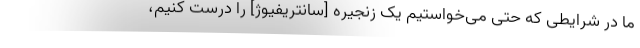
ما در شرایطی که حتی می‌خواستیم یک زنجیره [سانتریفیوژ] را درست کنیم،